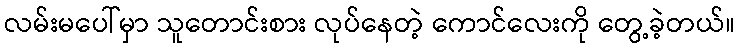
လမ်းမပေါ်မှာ သူတောင်းစား လုပ်နေတဲ့ ကောင်လေးကို တွေ့ခဲ့တယ်။